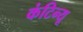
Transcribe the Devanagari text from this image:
कंटिन्यू